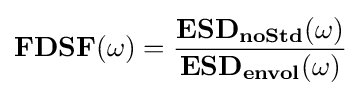
\mathbf {FDSF(\omega )} ={\frac {\mathbf {{ESD}_{noStd}} (\omega )}{\mathbf {{ESD}_{envol}} (\omega )}}